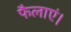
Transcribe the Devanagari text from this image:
फैलाएं।